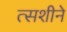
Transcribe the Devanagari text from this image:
त्सशीने